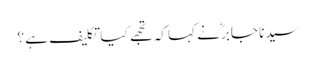
سیدنا جابرؓ نے کہا کہ تجھے کیا تکلیف ہے ؟